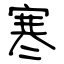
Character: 寒